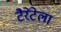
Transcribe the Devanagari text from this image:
टैरेंटेला